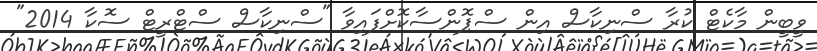
ވީބީން މާކެޓް ކުރާ ސްނިކާސް އިން ސްޕޮންސާކޮށްފައިވާ "ސްނިކާސް ސްޓްރީޓް ސޮކާ 2014"